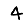
Digit: 4